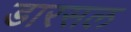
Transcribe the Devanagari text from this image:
डारसल